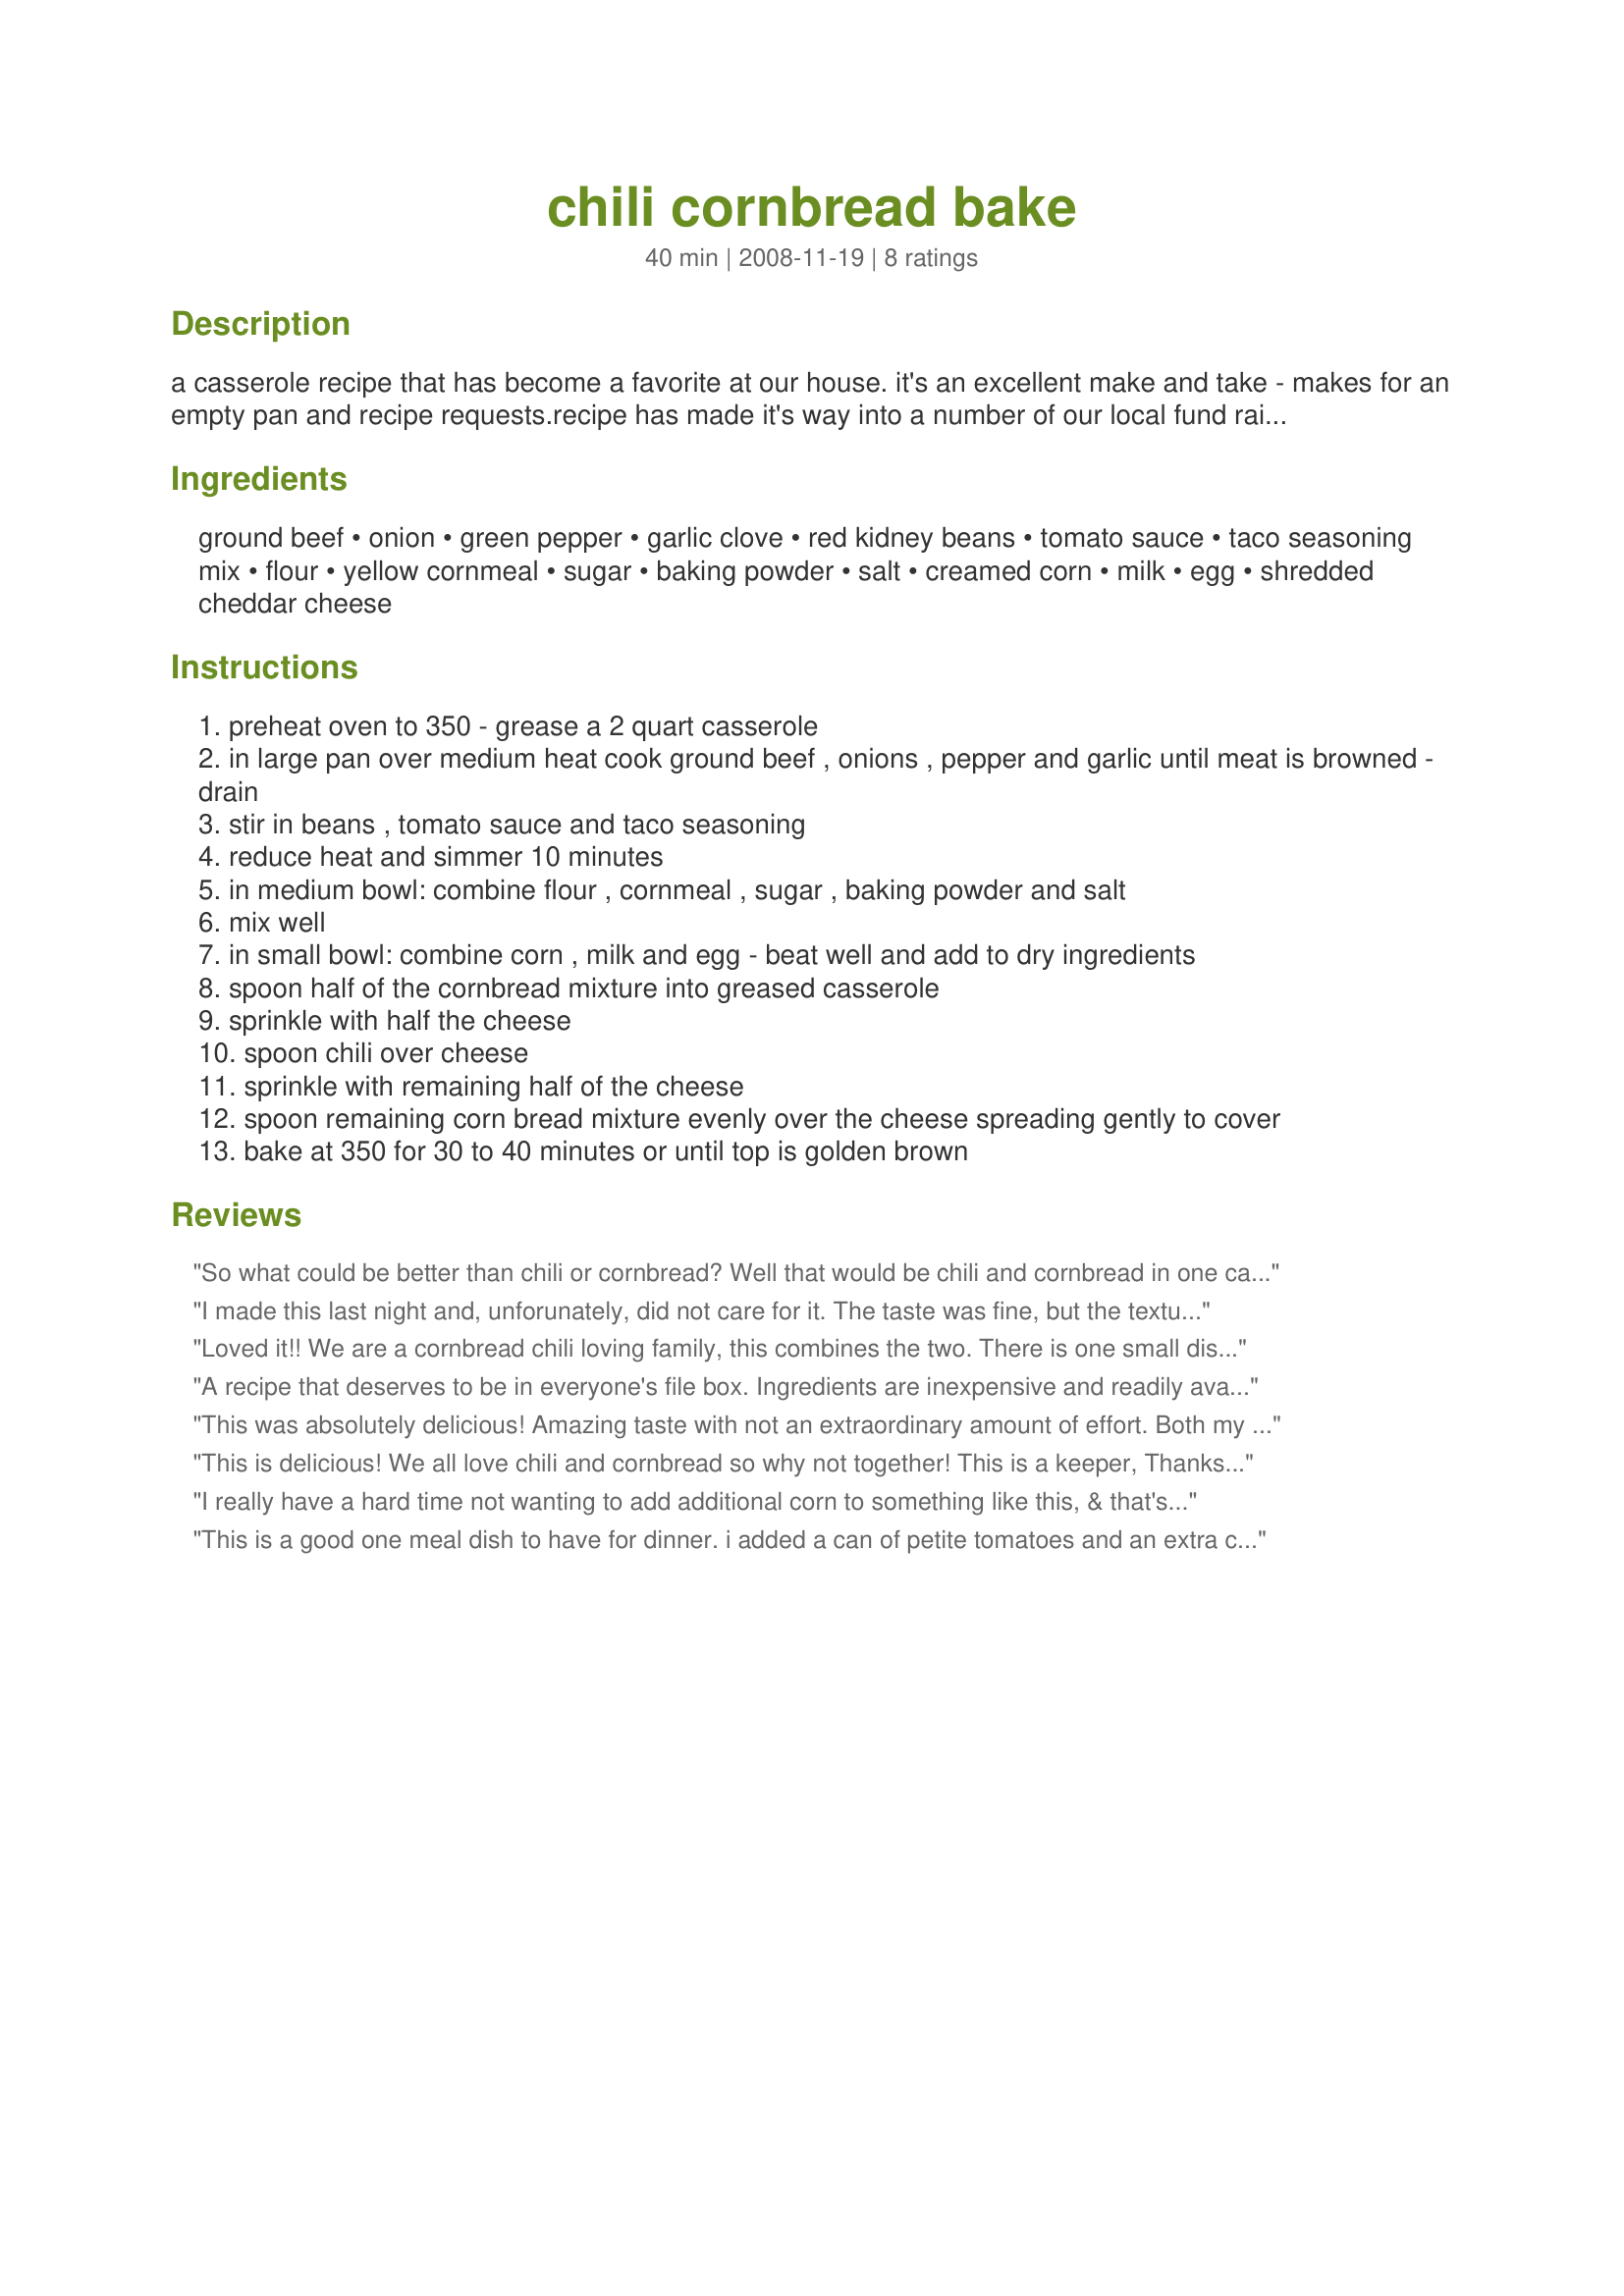
chili cornbread bake
Preparation time: 40 minutes

a casserole recipe that has become a favorite at our house. it's an excellent make and take - makes for an empty pan and recipe requests.recipe has made it's way into a number of our local fund raiser cookbooks thanks to the sharing of a local teacher extrordinaire who is also an awesome cook!

Ingredients:
ground beef, onion, green pepper, garlic clove, red kidney beans, tomato sauce, taco seasoning mix, flour, yellow cornmeal, sugar, baking powder, salt, creamed corn, milk, egg, shredded cheddar cheese

Steps:
preheat oven to 350 - grease a 2 quart casserole
in large pan over medium heat cook ground beef , onions , pepper and garlic until meat is browned - drain
stir in beans , tomato sauce and taco seasoning
reduce heat and simmer 10 minutes
in medium bowl: combine flour , cornmeal , sugar , baking powder and salt
mix well
in small bowl: combine corn , milk and egg - beat well and add to dry ingredients
spoon half of the cornbread mixture into greased casserole
sprinkle with half the cheese
spoon chili over cheese
sprinkle with remaining half of the cheese
spoon remaining corn bread mixture evenly over the cheese spreading gently to cover
bake at 350 for 30 to 40 minutes or until top is golden brown

Reviews:
So what could be better than chili or cornbread? Well that would be chili and cornbread in one casserole. This recipe is so deserving of 5 huge stars. We loved this dish and it would be great for a potluck. A dish I look forward to making for guests. Made exactly as posted , no changes needed. Another winner Gerry. Thanks.
I made this last night and, unforunately, did not care for it. The taste was fine, but the texture and technique were lacking. First, there is too much cornbread for this small amount of chili. The bread overwhelms the chili. Second, the cornbread batter has no shortening or oil in it, so it cooked up much heavier and denser than cornbread usually is. Third, the bottom cornread layer ended up very leaden in comparison to the top layer, which cooked normally. If I were to try this again, I would use my regular cornbread recipe, make a half-batch, and spread it over the top of the chili, skipping the bottom layer altogether.
Loved it!! We are a cornbread chili loving family, this combines the two. There is one small dish left. When both kids go back for thirds you know you have a keeper. I have already phoned my mom with the recipe, will make a great meal to take out to the field during harvest. Thanks Gerry for a great new supper idea.
A recipe that deserves to be in everyone's file box. Ingredients are inexpensive and readily available, it's a snap to put together, and the chili cornbread can be served as a one-dish meal. Did I mention tasty? Of course, that goes without saying...those are the only kind of recipes Gerry posts. This one hit the spot on a cold winter evening, and we thank you.
This was absolutely delicious! Amazing taste with not an extraordinary amount of effort. Both my picky 4 year old and 18 month old loved it, as well as my husband (and me!). And in the grand scheme of things it doesn&#039;t seem overly unhealthy, given that there&#039;s no butter or oil in the corn bread (which was just fine without it). Already looking forward to the leftovers in my lunch tomorrow!
This is delicious! We all love chili and cornbread so why not together! This is a keeper, Thanks Gerry!
I really have a hard time not wanting to add additional corn to something like this, & that's just what I did ~ Added a can of corn kernals to the cornbread, along with the creamed corn! Used very lean ground beef, too, & we had ourselves A GREAT MEAL (Well, a neighbor couple & the 2 of us did, since I shared it with them)! A VERY, VERY NICE CASSEROLE, & a definite keeper! [Tagged, made & reviewed as a PRESSIE in the Aus/NZ 12 Days of Christmas Recipe Swap]
This is a good one meal dish to have for dinner. i added a can of petite tomatoes and an extra can of beans. My family has always been fond of chili and this disappeared quickly. Prepared as a participant in the December 2009 Partying the Diabetic Way Event.
